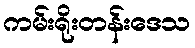
ကမ်းရိုးတန်းဒေသ